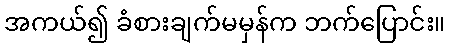
အကယ်၍ ခံစားချက်မမှန်က ဘက်ပြောင်း။